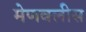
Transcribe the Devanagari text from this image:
मेणवलीस